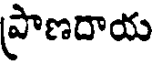
ప్రాణదాయ